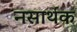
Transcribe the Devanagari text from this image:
नसार्थक